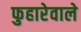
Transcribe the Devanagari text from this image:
फुहारेवाले